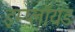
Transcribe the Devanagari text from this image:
इम्प्लॉयड